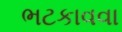
ભટકાવવા